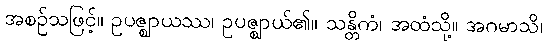
အစဉ်သဖြင့်။ ဥပဇ္ဈာယဿ၊ ဥပဇ္ဈာယ်၏။ သန္တိကံ၊ အထံသို့။ အဂမာသိ၊